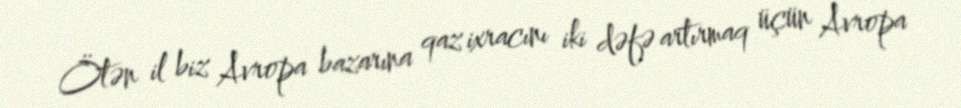
Ötən il biz Avropa bazarına qaz ixracını iki dəfə artırmaq üçün Avropa